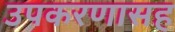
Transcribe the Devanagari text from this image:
उपकरणासह